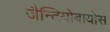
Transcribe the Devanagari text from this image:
जैन्टियोबायोस